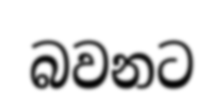
බවනට